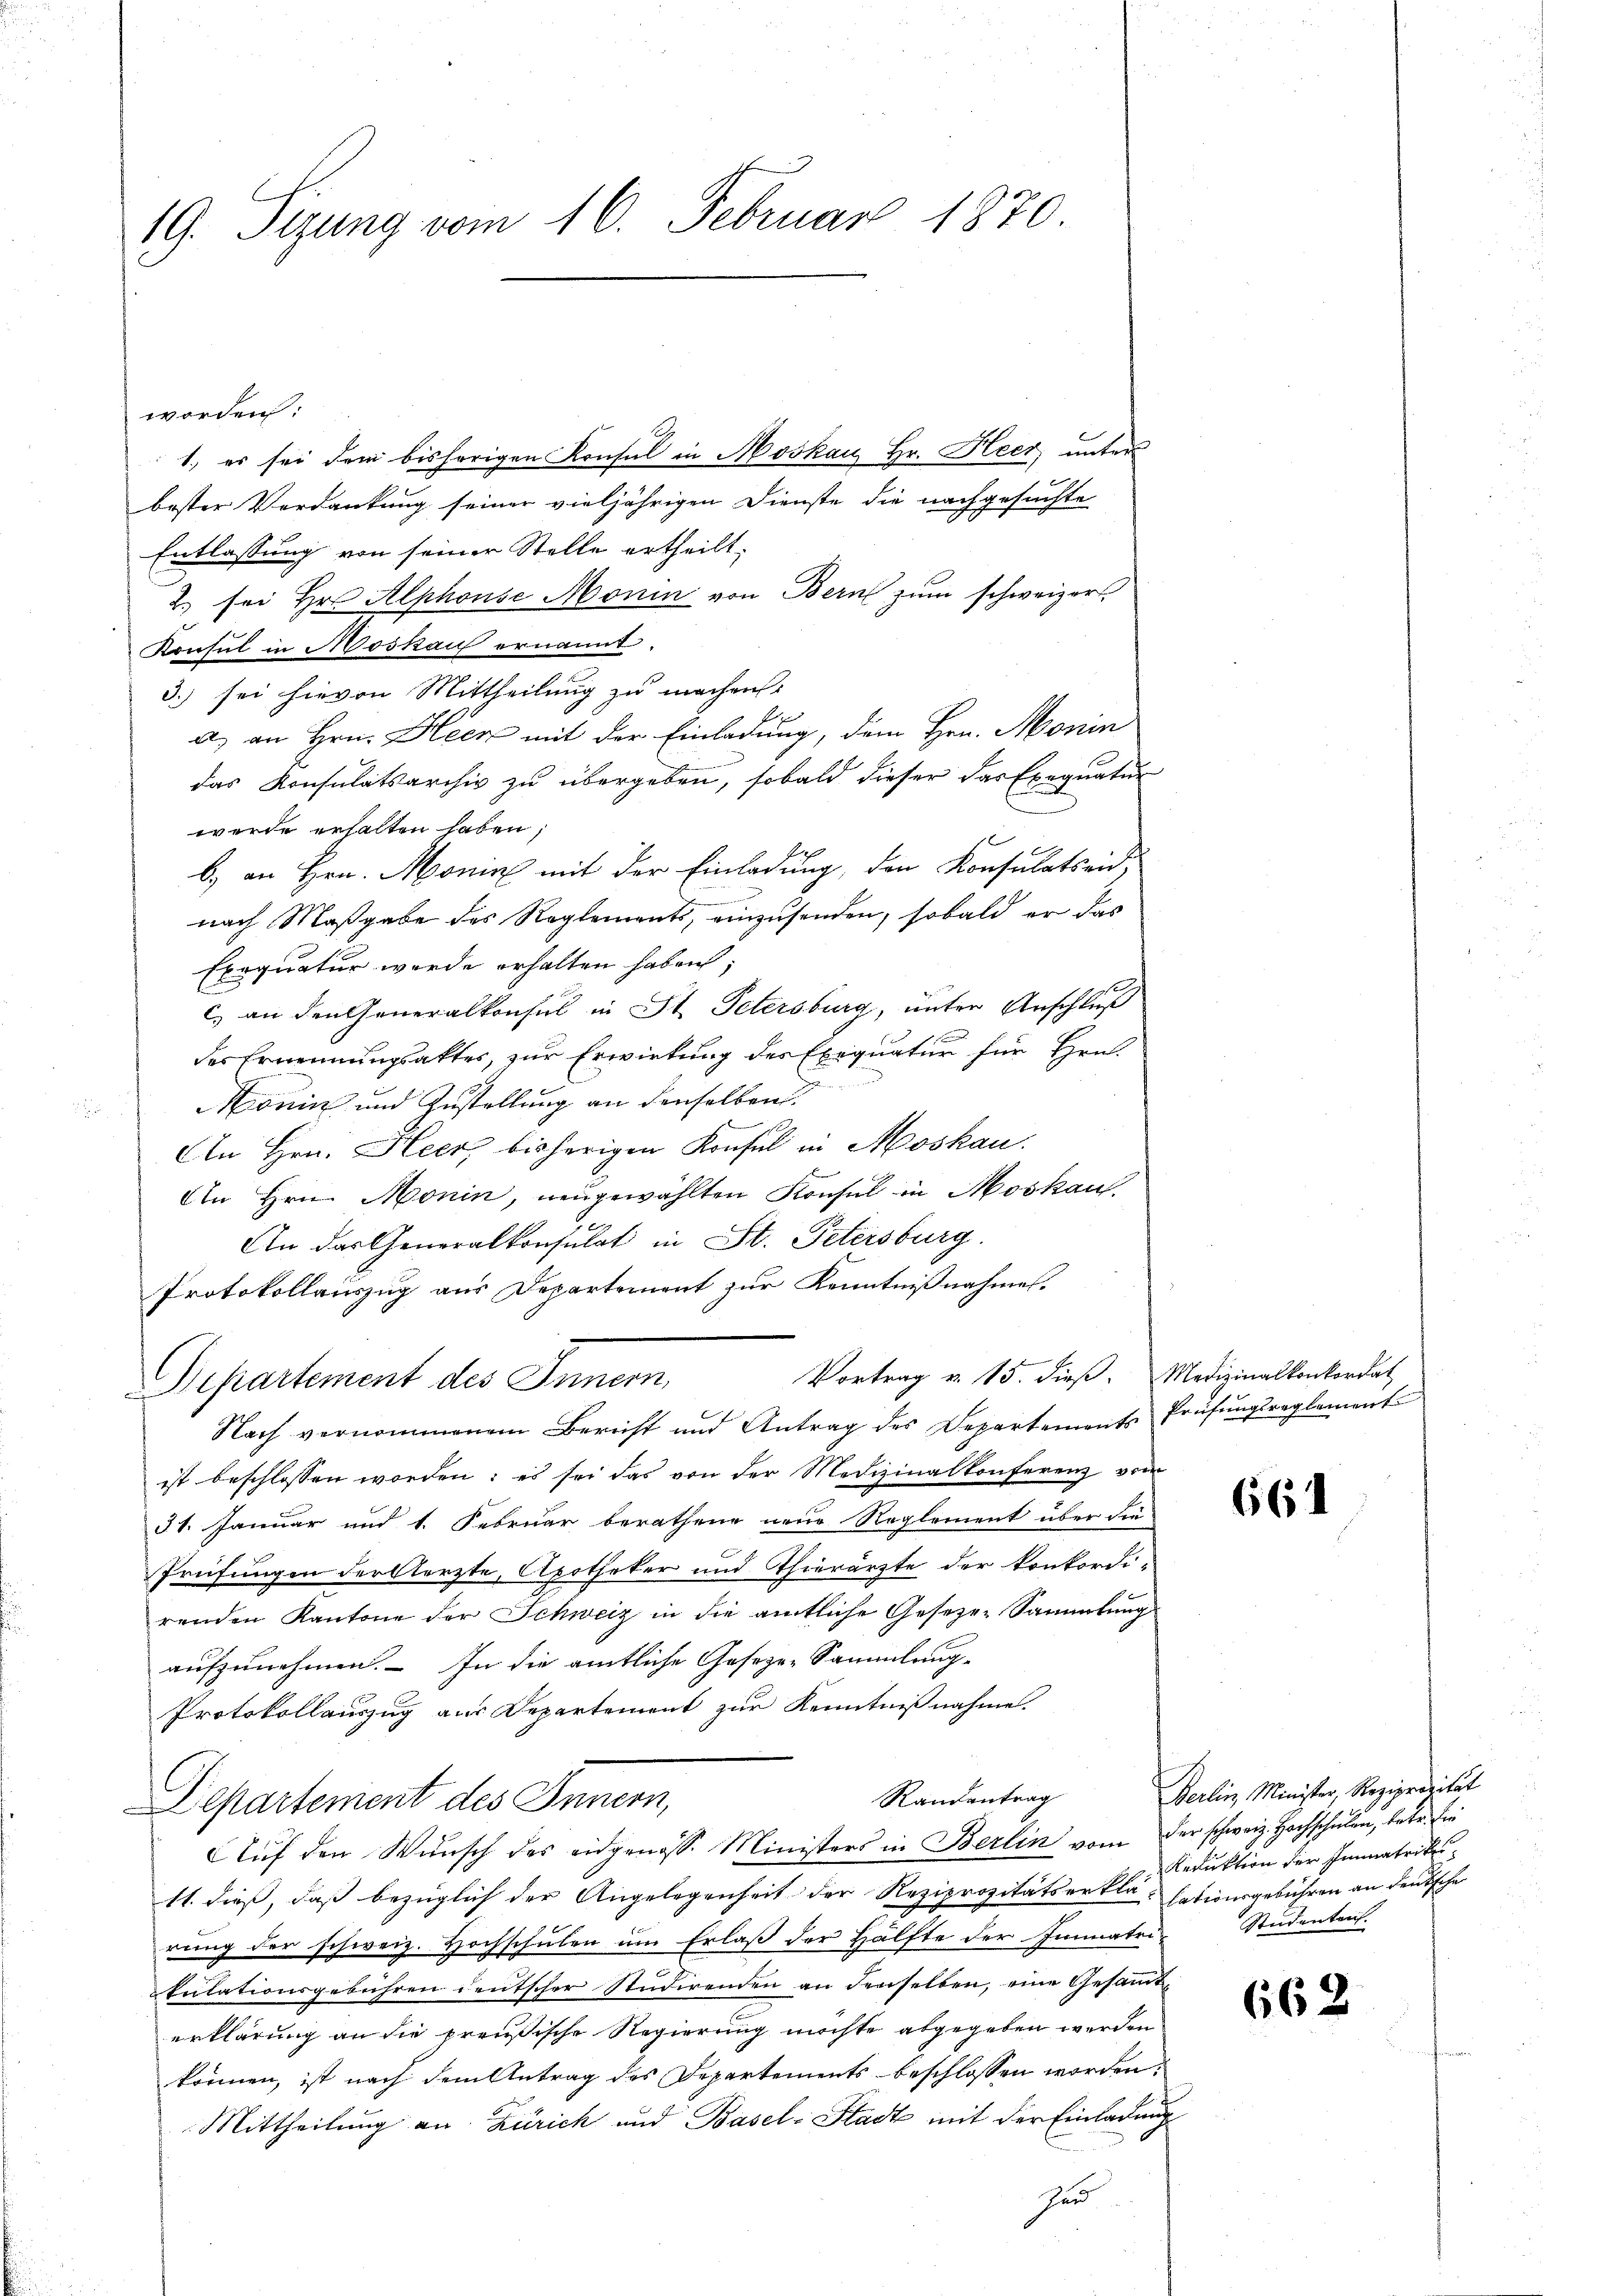
19. Sizung vom 16. Februar 1870

worden:
1. es sei dem bisherigen Konsul in Moskau Hr. Heer, unter
bester Verdankung seiner vieljährigen Dienste die nachgesuchte
Entlassung von seiner Stelle ertheilt.
2. sei Hr. Alphonse Monin von Bern zum schweizer
Konsul in Moskau ernannt.
3.) sei hievon Mittheilung zu machen.
a.) an Hrn. Heck mit der Einladung, dem Hrn. Monin
das Konsulatsarchiv zu übergeben, sobald dieser das Exequatur
werde erhalten haben;
b) an Hrn. Monin mit der Einladung, den Konsulatseid,
nach Maßgabe des Reglements, einzusenden, sobald er das
Exequatur werde erhalten haben,
c) an den Generalkonsul in St. Petersburg, unter Anschluß
des Ernennungsakter, zur Erwirkung des Exequatur für Hrn.
Konin und Zustellung an denselben.
An Hrn. Heer, bisherigen Konsul in Moskau
An Hrn. Monin, neugewählten Konsul in Moskau
An das Generalkonsulat in St. Petersburg.
Protokollauszug aus Departement zur Kenntnißnahme.
Vortrag v. 15. dieß. Medizinalkonkordat
Departement des Innern,
Nach vernommenen Bericht und Antrag des Departements Prüfŭngsreglement
ist beschlossen worden; es sei das von der Medizinalkonferenz vom
31. Januar und 1. Februar berathene neue Reglement über die
Prüfungen der Aerzte, Apotheker und Thierärzte der konkordi-
renden Kantone der Schweiz in die amtliche Geseze-Sammlung
aufzunehmen. In die amtliche Geseze-Sammlung
Protokollauszug aus Departement zur Kenntnißnahme.
Randantrag
Departement des Innern,
Auf den Wunsch des eidgenosse Ministers in Berlin vom der schweiz. Hochschulen, betr. Ein
11. dieß, daß bezüglich der Angelegenheit der Reziprozitätserklä-Eatiurgebühren an denische
rung der schweiz. Hochschulen um Erlaß der Hälfte der Immatri-
kulationsgebühren deutscher Studirenden an denselben, eine Gesammterklärung an die preußische Regierung möchte abgegeben werden
können, ist nach dem Antrag des Departements beschlossen worden.
Mittheilung an Zürich und Basel-Stadt mit der Einladung
hun

661

Berlin, Minister, Reziprazität
Reduktion der Immatrike
Studenteich.

662